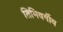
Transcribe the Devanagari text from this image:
तिमिवर्गीय